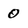
Character: 0